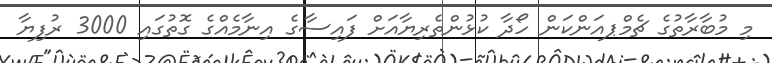
މި މުބާރާތުގެ ޗެމްޕއަންކަން ހޯދާ ކުޅުންތެރިޔާއަށް ފައިސާގެ އިނާމެއްގެ ގޮތުގައި 3000 ރުފިޔާ